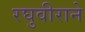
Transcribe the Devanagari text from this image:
रघुवीराने